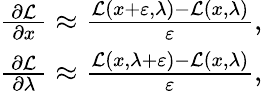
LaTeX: {\begin{array}{r}{{\frac{\ \partial{\mathcal{L}}\ }{\partial x}}\approx{\frac{{\mathcal{L}}(x+\varepsilon,\lambda)-{\mathcal{L}}(x,\lambda)}{\varepsilon}},}\\ {{\frac{\ \partial{\mathcal{L}}\ }{\partial\lambda}}\approx{\frac{{\mathcal{L}}(x,\lambda+\varepsilon)-{\mathcal{L}}(x,\lambda)}{\varepsilon}},}\end{array}}